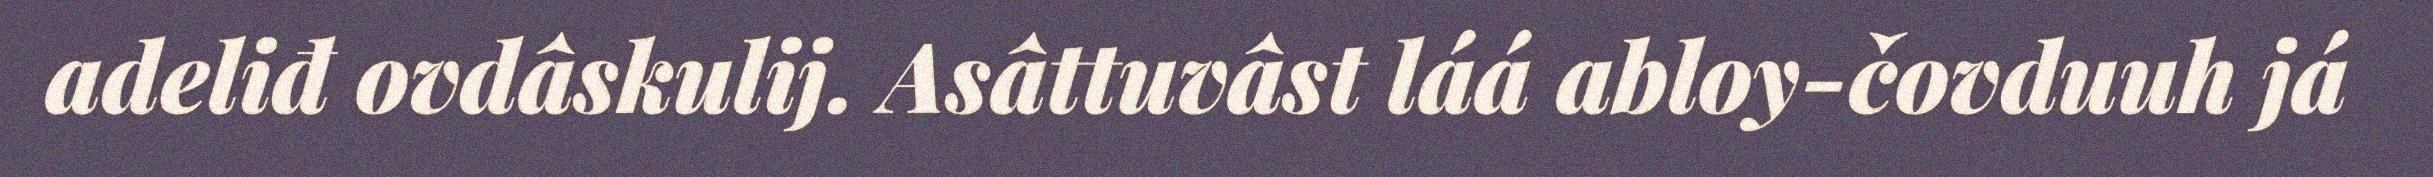
adeliđ ovdâskulij. Asâttuvâst láá abloy-čovduuh já